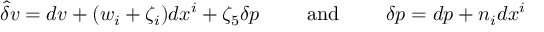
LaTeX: \hat { \delta } v = d v + ( w _ { i } + \zeta _ { i } ) d x ^ { i } + \zeta _ { 5 } \delta p \qquad \mathrm { ~ a n d ~ } \qquad \delta p = d p + n _ { i } d x ^ { i }